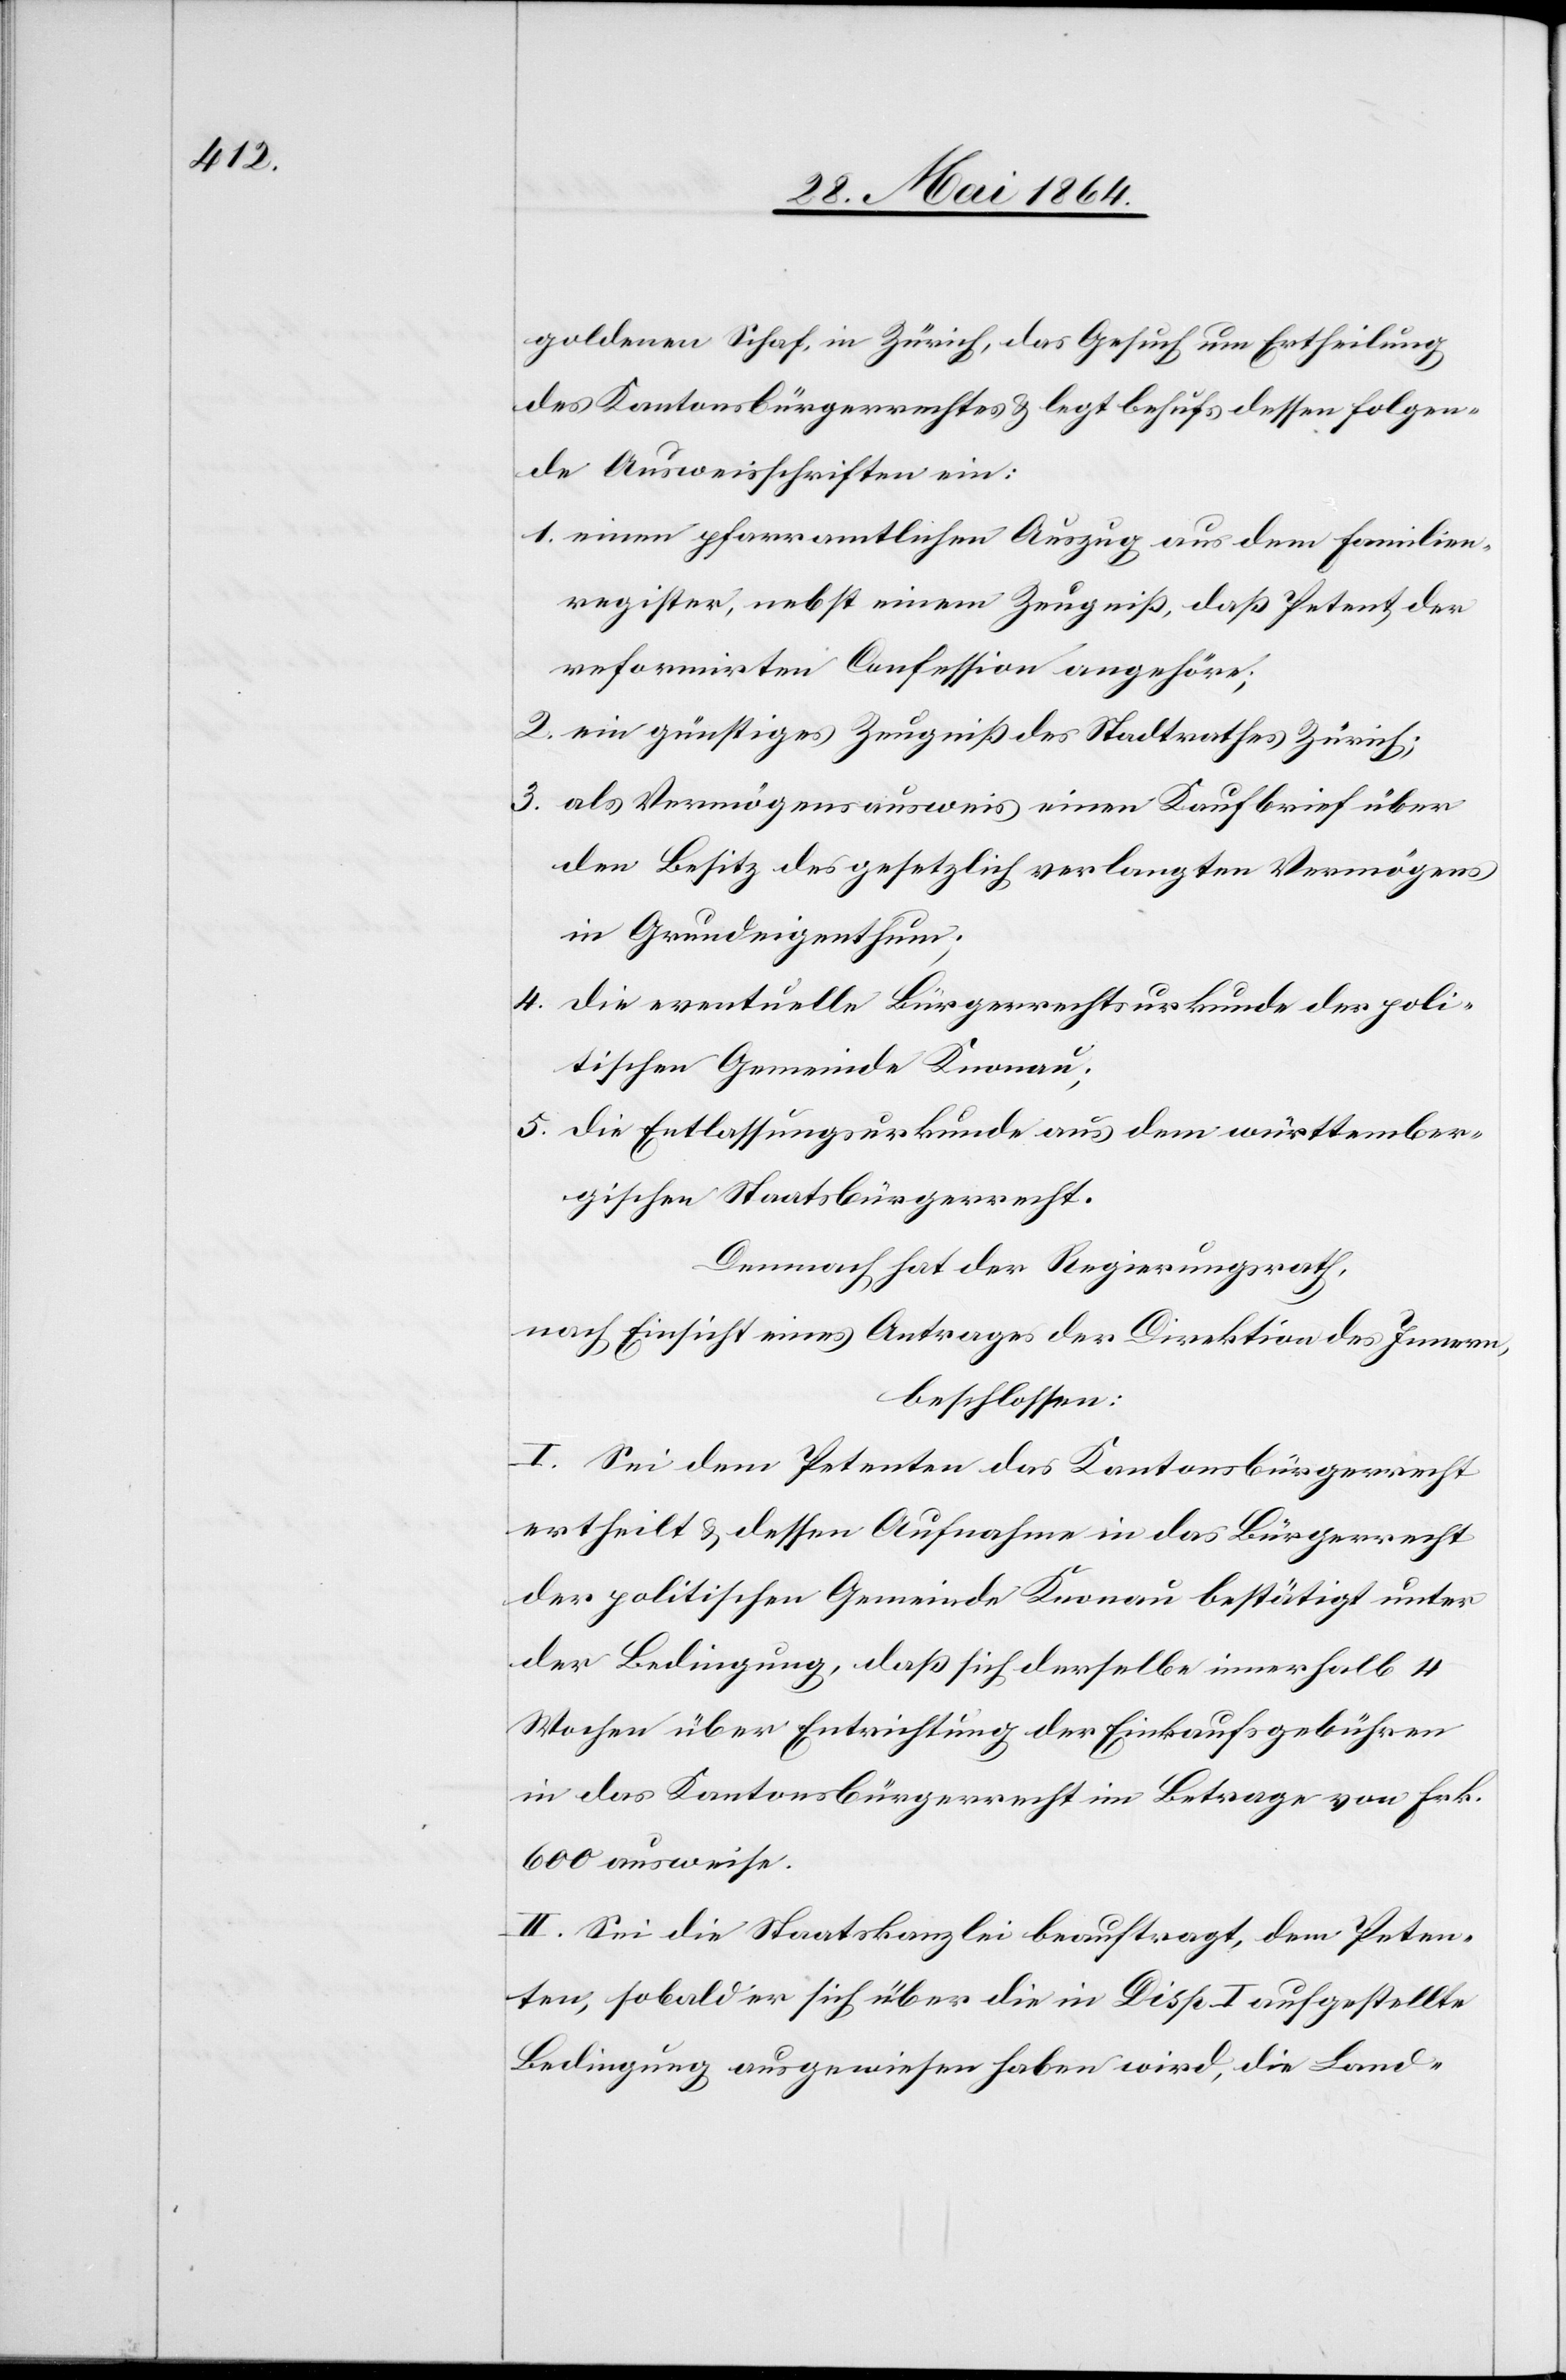
goldenen Schaf, in Zürich, das Gesuch um Ertheilung
des Kantonsbürgerrechtes u. legt behufs dessen folgen¬
de Ausweisschriften ein:
1. einen pfarramtlichen Auszug aus dem Familien¬
register, nebst einem Zeugniß, daß Petent der
reformirten Confession angehöre;
2. ein günstiges Zeugniß des Stadtrathes Zürich;
3. als Vermögensausweis einen Kaufbrief über
den Besitz des gesetzlich verlangten Vermögens
in Grundeigenthum;
4. die eventuelle Bürgerrechtsurkunde der poli¬
tischen Gemeinde Knonau;
5. die Entlassungsurkunde aus dem württember¬
gischen Staatsbürgerrecht.
Demnach hat der Regierungsrath,
nach Einsicht eines Antrages der Direktion des Innern,
beschlossen:
I. Sei dem Petenten das Kantonsbürgerrecht
ertheilt u. dessen Aufnahme in das Bürgerrecht
der politischen Gemeinde Knonau bestätigt unter
der Bedingung, daß sich derselbe innerhalb 4
Wochen über Entrichtung der Einkaufsgebühren
in das Kantonsbürgerrecht im Betrage von Frk.
600 ausweise.
II. Sei die Staatskanzlei beauftragt, dem Peten¬
ten, sobald er sich über die in Disp. I aufgestellte
Bedingung ausgewiesen haben wird, die Land-